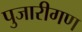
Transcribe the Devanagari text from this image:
पुजारीगण